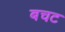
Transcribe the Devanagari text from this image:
बचट